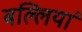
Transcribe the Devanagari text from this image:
बल्लियां